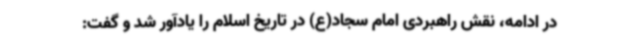
در ادامه، نقش راهبردی امام سجاد(ع) در تاریخ اسلام را یادآور شد و گفت: